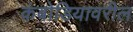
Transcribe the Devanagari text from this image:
कंबोडियावरील